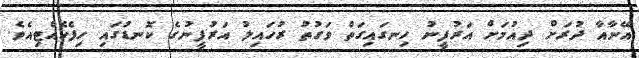
އޭނާއާ ދުރަށް ދިއުމަށް އަރުފީނު ހިނގައިގަތް ވަގުތު ރުހައިލު އަރުފީނުގެ ކޮނޑުގައި ހިފެހެއްޓިއެވެ.